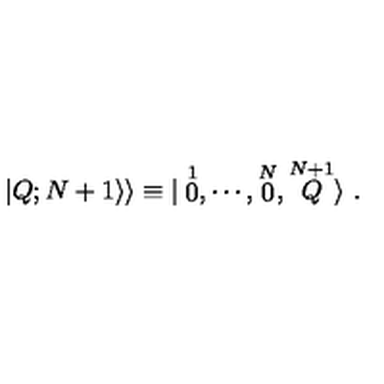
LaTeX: \vert Q ; N + 1 \rangle \rangle \equiv \vert \stackrel { 1 } { 0 } , \cdots , \stackrel { N } { 0 } , \stackrel { N + 1 } { Q } \rangle \ .